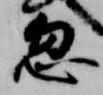
忽